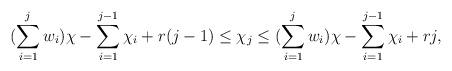
LaTeX: \begin{align*} (\sum\limits_{i=1}^j w_i)\chi - \sum\limits_{i=1}^{j-1}\chi_i + r(j-1) \leq \chi_j \leq (\sum\limits_{i=1}^j w_i)\chi - \sum\limits_{i=1}^{j-1}\chi_i + rj, \end{align*}